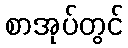
စာအုပ်တွင်